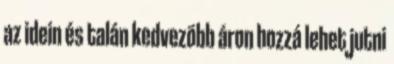
az idein és talán kedvezõbb áron hozzá lehet jutni